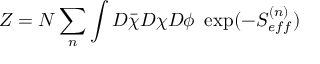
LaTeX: { \cal Z } = { \cal N } \sum _ { n } \int D \bar { \chi } D \chi D \phi ~ \exp ( - S _ { e f f } ^ { ( n ) } )